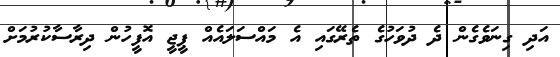
އަދި ގިނަވެގެން ދެ ދުވަހުގެ ތެރޭގައި އެ މައްސަލައެއް ޕީޖީ އޮފީހުން ދިރާސާކުރުމަށް